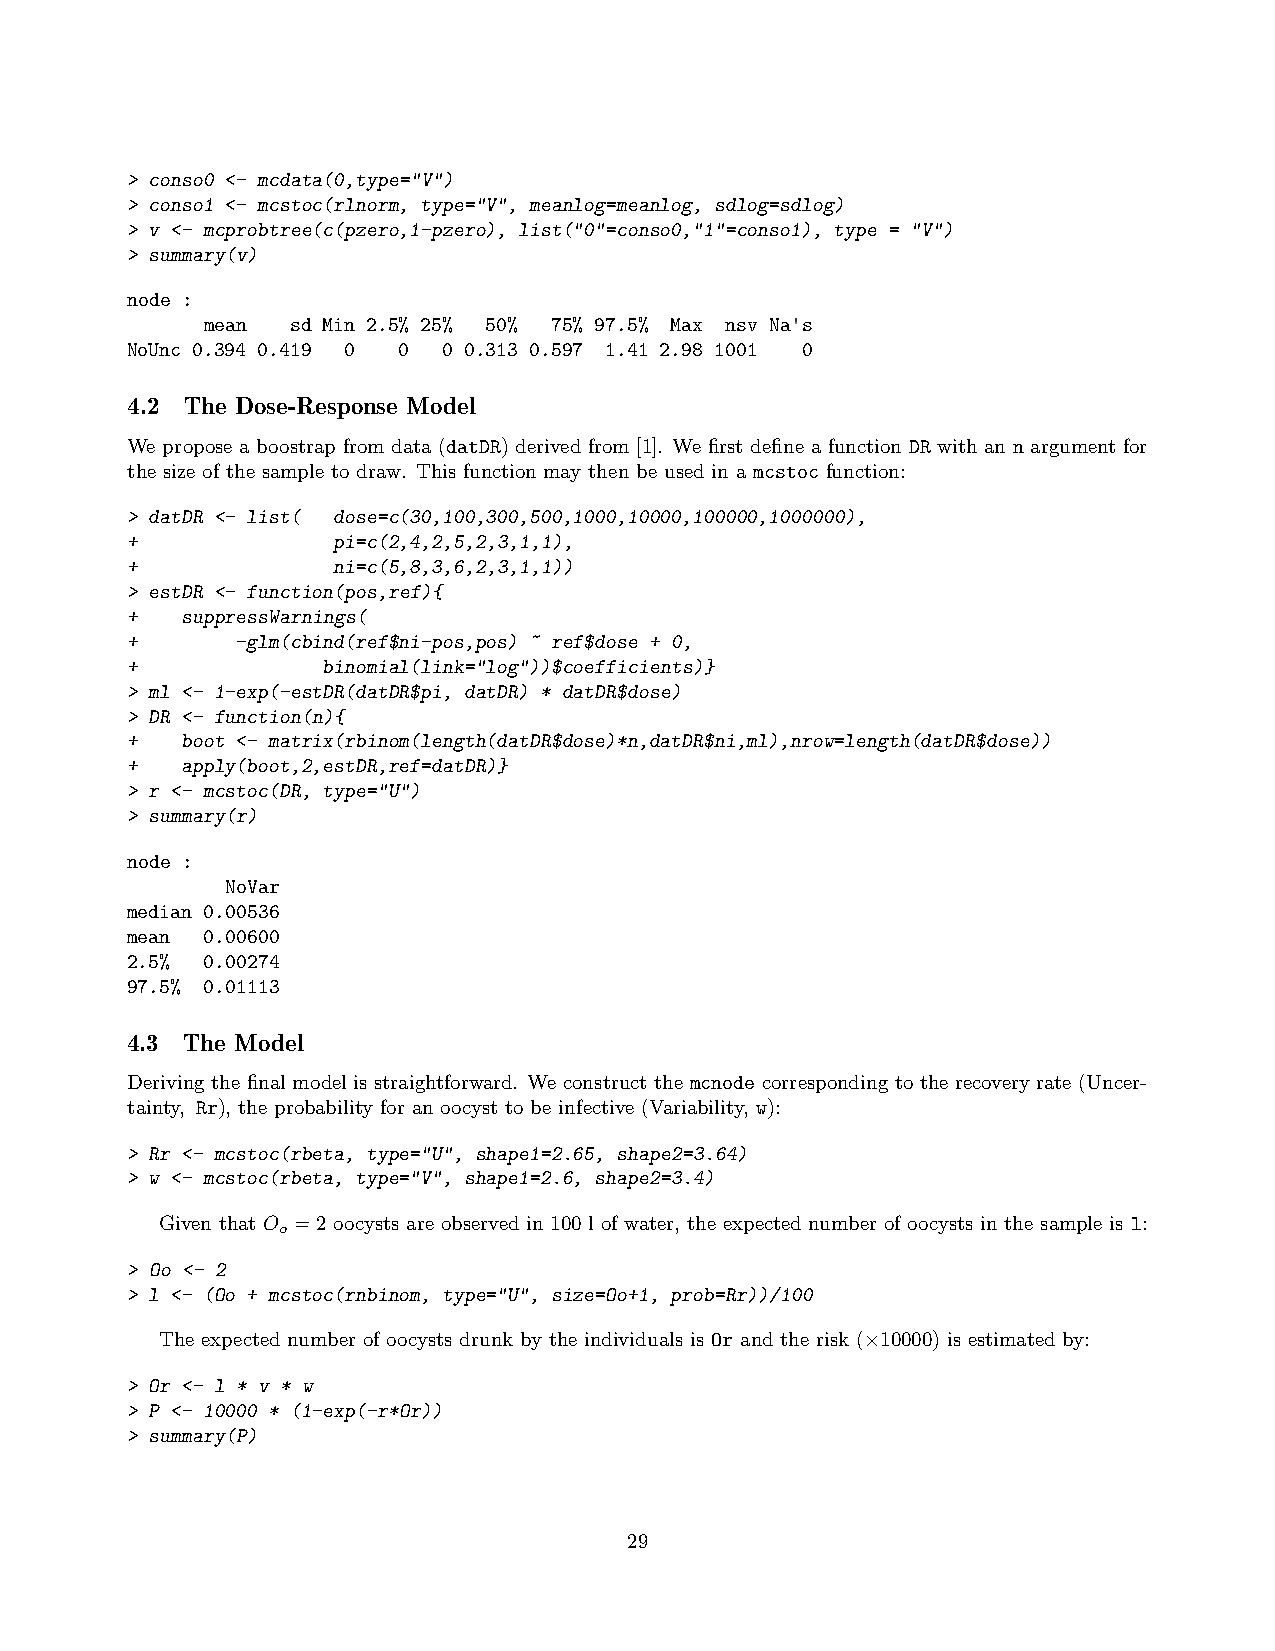
> conso0 <- mcdata(0,type="V")
 > conso1 <- mcstoc(rlnorm, type="V", meanlog=meanlog, sdlog=sdlog)
 > v <- mcprobtree(c(pzero,1-pzero), list("0"=conso0,"1"=conso1), type = "V")
 > summary(v)
 node :
 ’
 mean  sd Min 2.5% 25% 50% 75% 97.5% Max nsv Na s
 NoUnc 0.394 0.419 0 0 0 0.313 0.597 1.41 2.98 1001 0
 4.2 The Dose-Response Model
 We propose a boostrap from data (datDR) derived from [1]. We first define a function DR with an n argument for
 the size of the sample to draw. This function may then be used in a mcstoc function:
 > datDR <- list( dose=c(30,100,300,500,1000,10000,100000,1000000),
 +             pi=c(2,4,2,5,2,3,1,1),
 +             ni=c(5,8,3,6,2,3,1,1))
 > estDR <- function(pos,ref){
 +   suppressWarnings(
 +       -glm(cbind(ref$ni-pos,pos) ~ ref$dose + 0,
 +            binomial(link="log"))$coefficients)}
 > ml <- 1-exp(-estDR(datDR$pi, datDR) * datDR$dose)
 > DR <- function(n){
 +   boot <- matrix(rbinom(length(datDR$dose)*n,datDR$ni,ml),nrow=length(datDR$dose))
 +   apply(boot,2,estDR,ref=datDR)}
 > r <- mcstoc(DR, type="U")
 > summary(r)
 node :
 NoVar
 median 0.00536
 mean 0.00600
 2.5% 0.00274
 97.5% 0.01113
 4.3 The Model
 Deriving the final model is straightforward. We construct the mcnode corresponding to the recovery rate (Uncer-
 tainty, Rr), the probability for an oocyst to be infective (Variability, w):
 > Rr <- mcstoc(rbeta, type="U", shape1=2.65, shape2=3.64)
 > w <- mcstoc(rbeta, type="V", shape1=2.6, shape2=3.4)
 Given that O =2 oocysts are observed in 100 l of water, the expected number of oocysts in the sample is l:
 o
 > Oo <- 2
 > l <- (Oo + mcstoc(rnbinom, type="U", size=Oo+1, prob=Rr))/100
 The expected number of oocysts drunk by the individuals is Or and the risk (×10000) is estimated by:
 > Or <- l * v * w
 > P <- 10000 * (1-exp(-r*Or))
 > summary(P)
 29